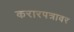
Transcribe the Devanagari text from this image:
करारपत्रावर